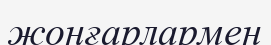
жоңғарлармен